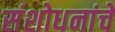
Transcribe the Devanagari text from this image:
संशोधनांचे